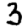
Digit: 3